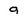
Character: 9